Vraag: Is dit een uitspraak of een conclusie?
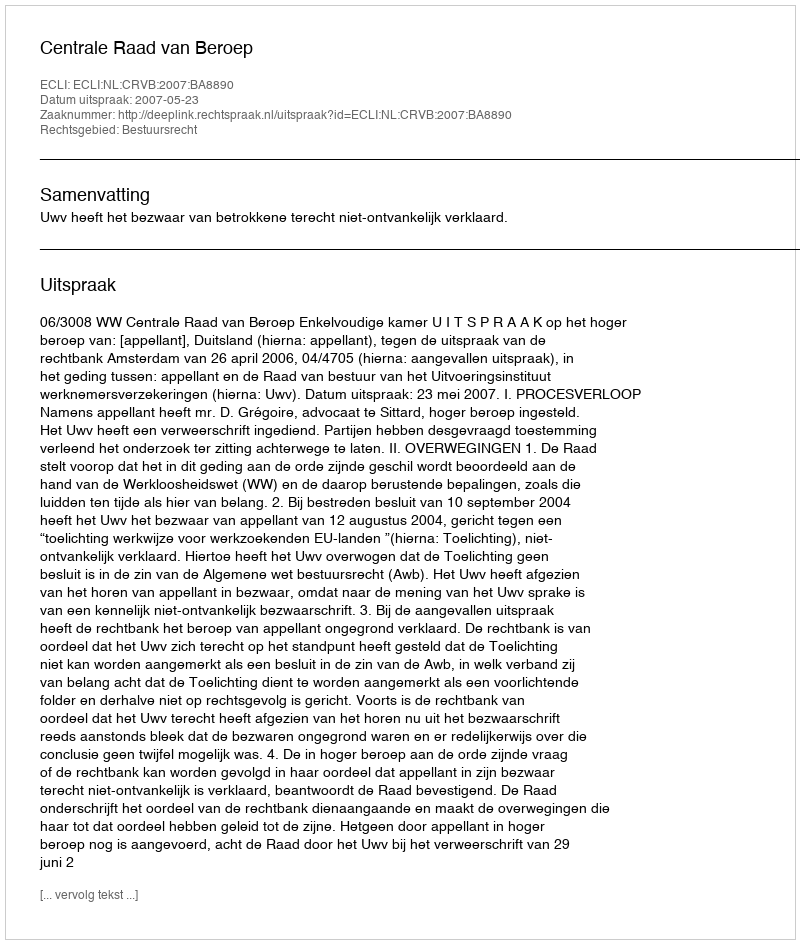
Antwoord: Uitspraak